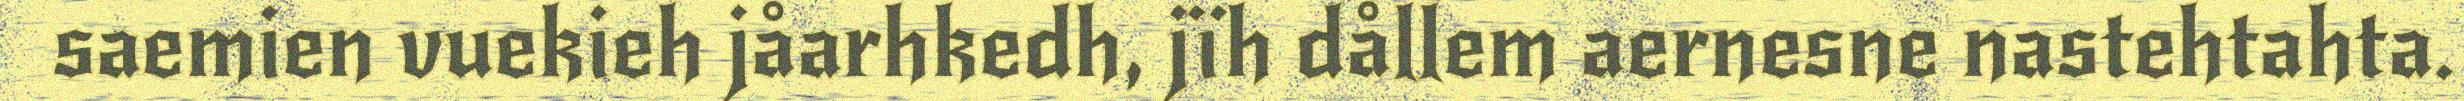
saemien vuekieh jåarhkedh, jïh dållem aernesne nastehtahta.